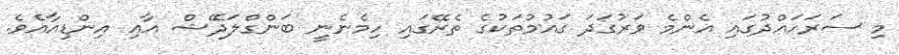
މި ސަރަހައްދުގައި އެންމެ ވަރުގަދަ ގައުމުތަކުގެ ތެރޭގައި ހިމެނެނީ ބަންގްލަދޭޝް އާއި އިންޑިއާއެވެ.